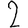
Digit: 2